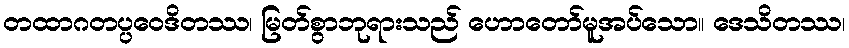
တထာဂတပ္ပဝေဒိတဿ၊ မြတ်စွာဘုရားသည် ဟောတော်မူအပ်သော။ ဒေသိတဿ၊